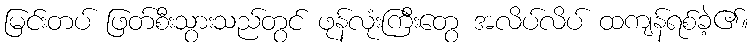
မြင်းတပ် ဖြတ်စီးသွားသည်တွင် ဖုန်လုံးကြီးတွေ အလိပ်လိပ် ထကျန်ရစ်ခဲ့၏။